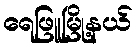
ရေဖြူမြို့နယ်